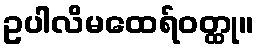
ဥပါလိမထေရ်ဝတ္ထု။